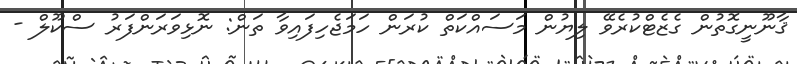
ޤާނޫނީގޮތުން ގެޒެޓްކުރެވޭ ލިޔުން މަސައްކަތް ކުރަން ހަމަޖެހިފައިވާ ތަން: ނޮޅިވަރަންފަރު ސްކޫލް -